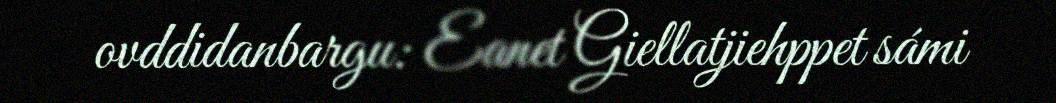
ovddidanbargu: Eanet Giellatjiehppet sámi